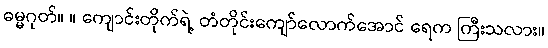
ဓမ္မဂုတ်။ ။ ကျောင်းတိုက်ရဲ့ တံတိုင်းကျော်လောက်အောင် ရေက ကြီးသလား။